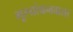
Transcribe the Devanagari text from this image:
मूल्यांकनवाला